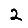
Digit: 2